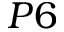
P 6